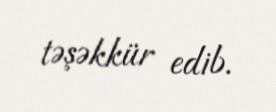
təşəkkür edib.